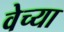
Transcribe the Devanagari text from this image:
वेच्या